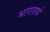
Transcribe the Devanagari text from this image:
भारतार्य